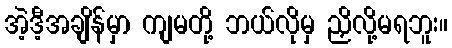
အဲ့ဒီ့အချိန်မှာ ကျမတို့ ဘယ်လိုမှ ညှိလို့မရဘူး။